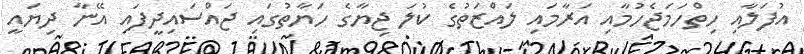
އުފަލާއި ހިތްހަމަޖެހުމާއި އަރާމައި ލައްޒަތުގެ ކުލަ ޖިޔާގެ ހަޔާތުގައި ޖައްސައިދީފައި އޭނާ ދިޔައީ